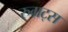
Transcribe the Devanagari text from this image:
रुग्रट्स